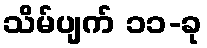
သိမ်ပျက် ၁၁-ခု